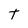
Character: t